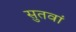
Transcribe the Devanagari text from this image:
सुतवां